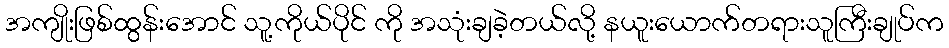
အကျိုးဖြစ်ထွန်းအောင် သူ့ကိုယ်ပိုင် ကို အသုံးချခဲ့တယ်လို့ နယူးယောက်တရားသူကြီးချုပ်က